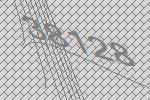
38128